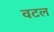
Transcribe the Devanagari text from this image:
वटल